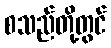
စသည်တို့တွင်